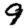
Digit: 9